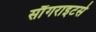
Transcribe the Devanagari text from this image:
सौंगराइटर्स